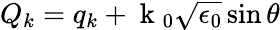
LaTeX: Q_{k}=q_{k}+\mathrm{~k~}_{0}\sqrt{\epsilon_{0}}\sin{\theta}